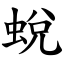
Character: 蛻